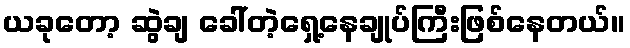
ယခုတော့ ဆွဲချ ခေါ်တဲ့ရှေ့နေချုပ်ကြီးဖြစ်နေတယ်။